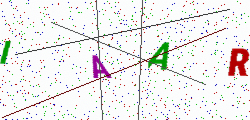
Text: IAAR